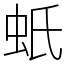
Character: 蚔